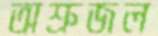
অশ্রুজল